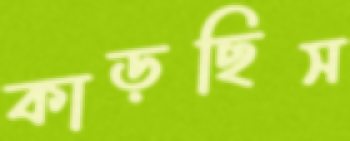
কাড়ছিস